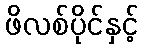
ဖိလစ်ပိုင်နှင့်